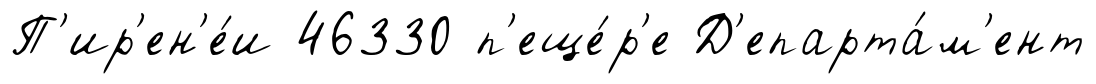
П'ир'ен'е́и 46330 п'еще́р'е Д'епарта́м'ент